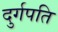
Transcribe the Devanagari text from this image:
दुर्गपति